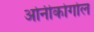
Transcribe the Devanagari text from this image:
ओनीकोगोल